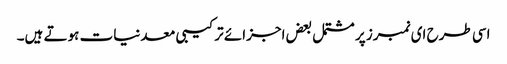
اسی طرح ای نمبرز پر مشتمل بعض اجزائے ترکیبی معدنیات ہوتے ہیں۔